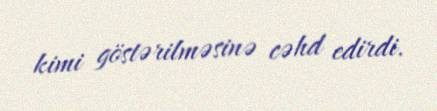
kimi göstərilməsinə cəhd edirdi.